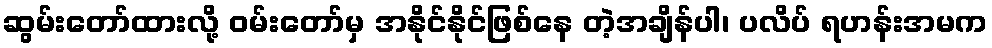
ဆွမ်းတော်ထားလို့ ဝမ်းတော်မှ အနိုင်နိုင်ဖြစ်နေ တဲ့အချိန်ပါ၊ ပလိပ် ရဟန်းအမက